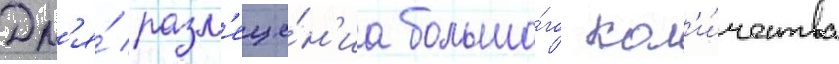
Дл'я́ разм'еще́н'иа большо́го кол'и́чества